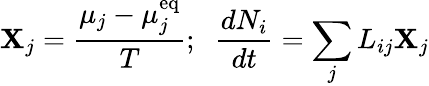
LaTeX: \mathbf{X}_{j}={\frac{{\mu_{j}-\mu_{j}^{\mathrm{{{eq}}}}}}{{T}}};\; \; {\frac{{dN_{i}}}{{dt}}}=\sum_{j}L_{ij}\mathbf{X}_{j}